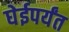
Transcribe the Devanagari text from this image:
घेईपर्यंत